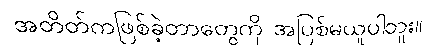
အတိတ်ကဖြစ်ခဲ့တာတွေကို အပြစ်မယူပါဘူး။